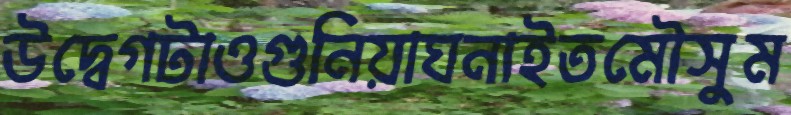
উদ্বেগটাওগুনিয়াঘনাইতমৌসুম